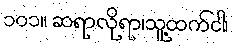
၁၀၁။ ဆရာလိုရာ၊သူ့ထက်ငါ၊